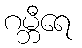
ဂမ္ဘီရေ